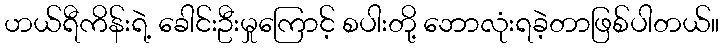
ဟယ်ရီကိန်းရဲ့ ခေါင်းဦးမှုကြောင့် စပါးတို့ ဘောလုံးရခဲ့တာဖြစ်ပါတယ်။